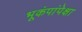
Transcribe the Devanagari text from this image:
भूकंपांपेक्षा